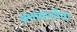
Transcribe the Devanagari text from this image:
अंधांसाठीचा